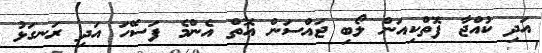
އަދި ކުއްޖާ ފޮތްކިއަން ލޯބި ޖައްސަން އޮތް އެންމެ ފަސޭހަ އަދި ރަނގަޅު